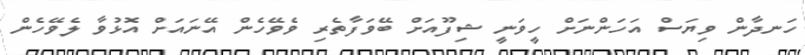
ހަނދާން ވިޔަސް އަހަންނަށް ހީވަނީ ޝިފޫއަށް ބޭވަފާތެރި ވެވޭހެން އޭނައަށް އޮޅުވާ ލެވޭހެން